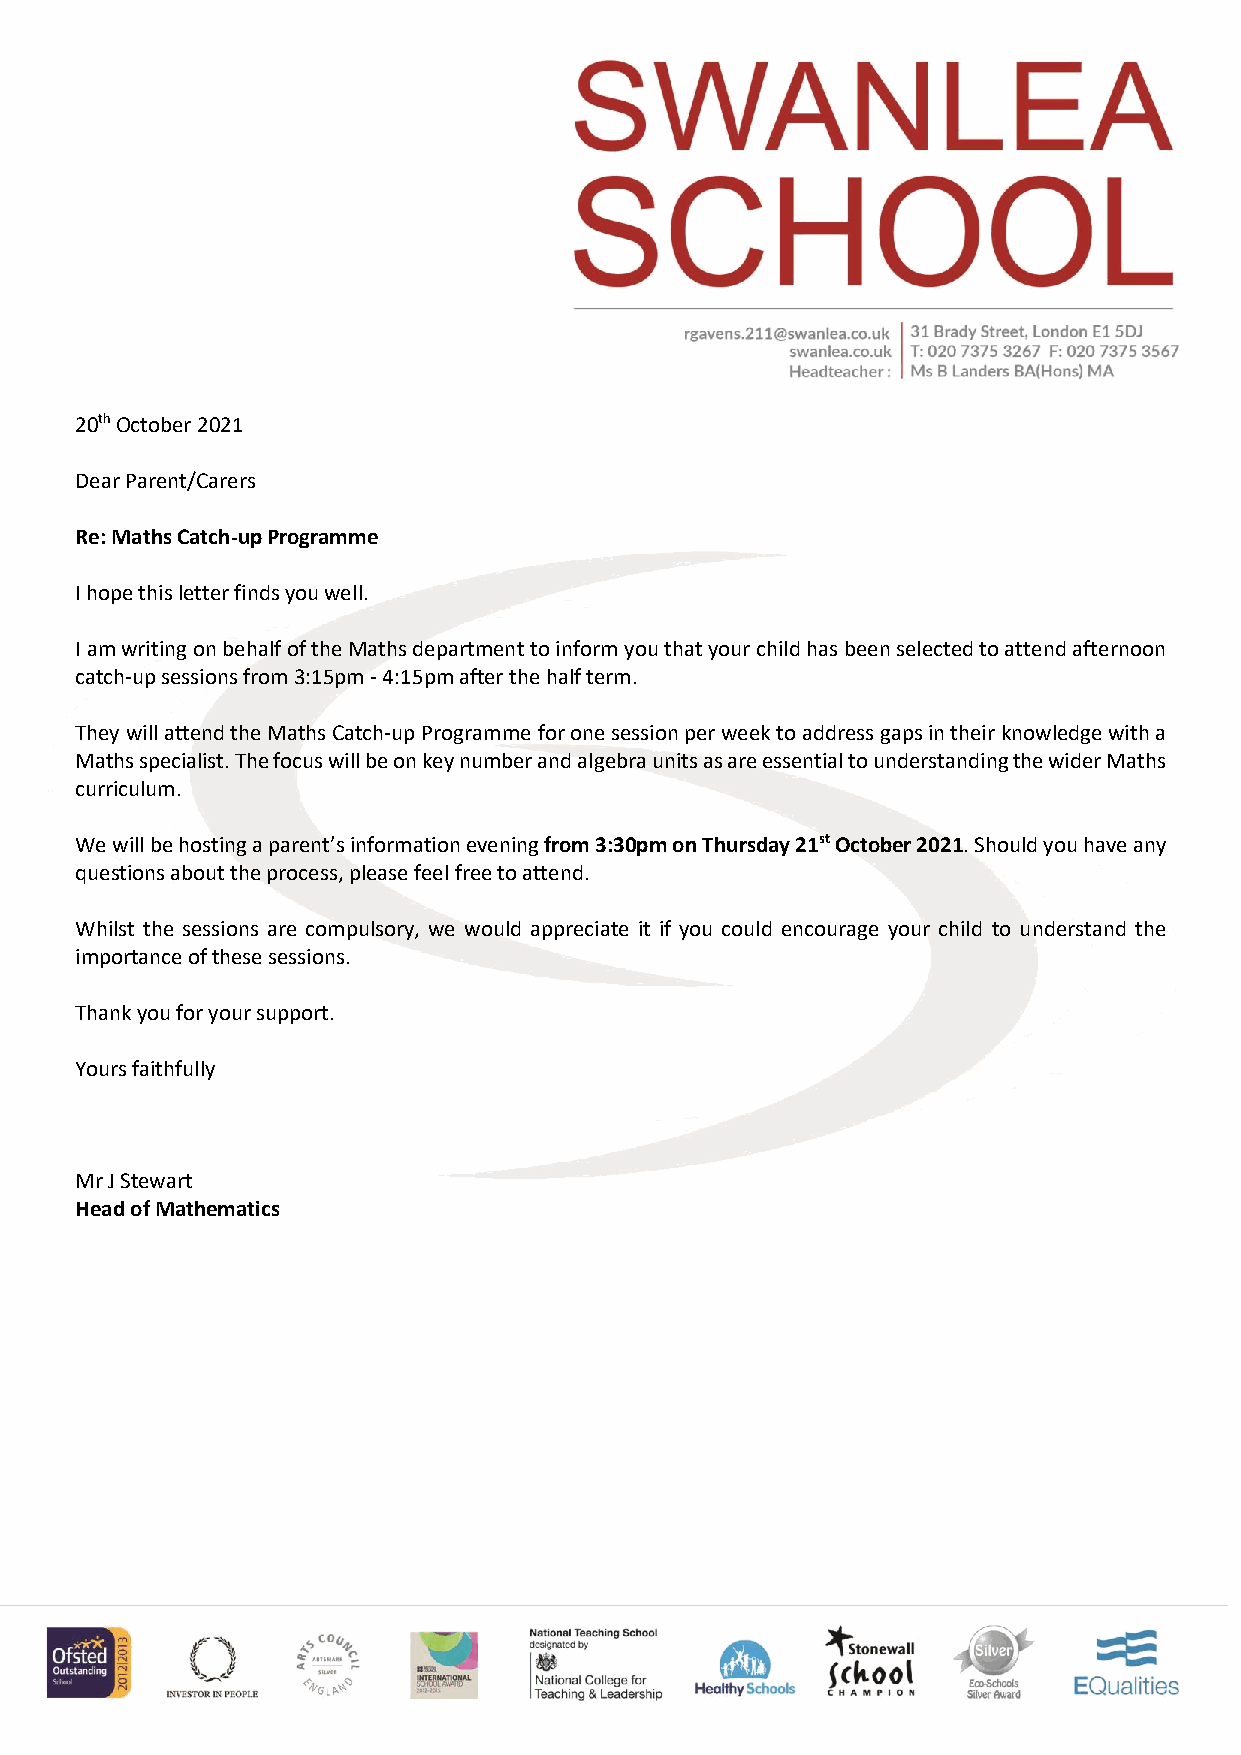
20th October 2021
 Dear Parent/Carers
 Re: Maths Catch-up Programme
 I hope this letter finds you well.
 I am writing on behalf of the Maths department to inform you that your child has been selected to attend afternoon
 catch-up sessions from 3:15pm - 4:15pm after the half term.
 They will attend the Maths Catch-up Programme for one session per week to address gaps in their knowledge with a
 Maths specialist. The focus will be on key number and algebra units as are essential to understanding the wider Maths
 curriculum.
 We will be hosting a parent’s information evening from 3:30pm on Thursday 21st October 2021. Should you have any
 questions about the process, please feel free to attend.
 Whilst the sessions are compulsory, we would appreciate it if you could encourage your child to understand the
 importance of these sessions.
 Thank you for your support.
 Yours faithfully
 Mr J Stewart
 Head of Mathematics